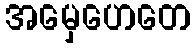
အမှေဟေတေ